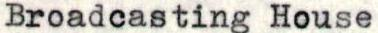
Broadcasting House